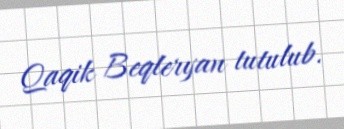
Qaqik Beqleryan tutulub.